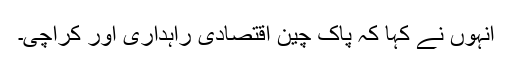
انہوں نے کہا کہ پاک چین اقتصادی راہداری اور کراچی۔